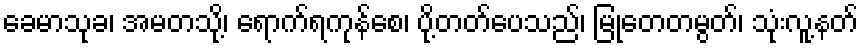
ခေမာသုခ၊ အမတသို့၊ ရောက်ရကုန်စေ၊ ပို့တတ်ပေသည်၊ မြုတေတမွတ်၊ သုံးလူ့နတ်